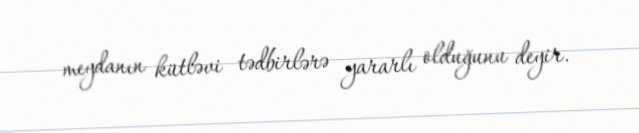
meydanın kütləvi tədbirlərə yararlı olduğunu deyir.